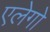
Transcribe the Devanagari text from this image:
एलेगो